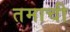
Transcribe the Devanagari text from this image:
तमाची